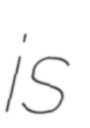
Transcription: is